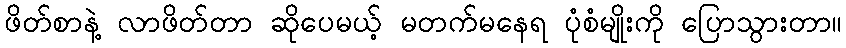
ဖိတ်စာနဲ့ လာဖိတ်တာ ဆိုပေမယ့် မတက်မနေရ ပုံစံမျိုးကို ပြောသွားတာ။